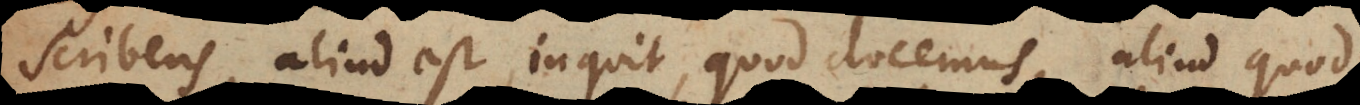
scribens, aliud est, inquit, quod docemus, aliud quod